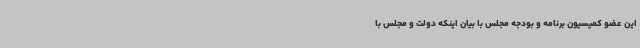
این عضو کمیسیون برنامه و بودجه مجلس با بیان اینکه دولت و مجلس با